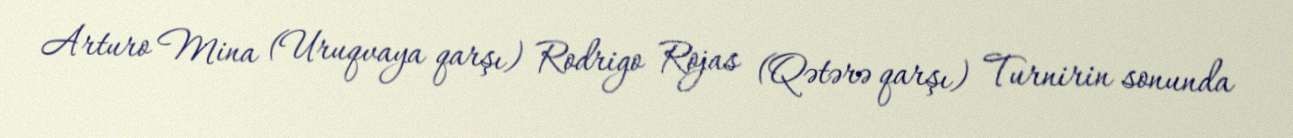
Arturo Mina (Uruqvaya qarşı) Rodrigo Rojas (Qətərə qarşı) Turnirin sonunda